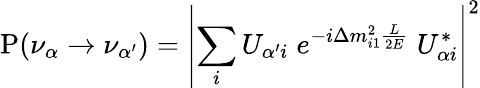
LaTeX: \mathrm{P}(\nu_{\alpha}\to\nu_{\alpha^{\prime}})=\left|\sum_{i}U_{{\alpha^{\prime}}i}\; e^{-i\Delta m_{i1}^{2}\frac{L}{2E}}\; U_{{\alpha}i}^{*}\right|^{2}